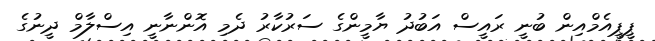
ޕީޕީއެމްއިން ބުނީ ރައީސް އަބުދު ޔާމީންގެ ސަރުކާރު ދެމި އޮންނާނީ އިސްލާމް ދީނުގެ